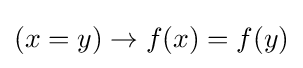
(x=y)\to f(x)=f(y)